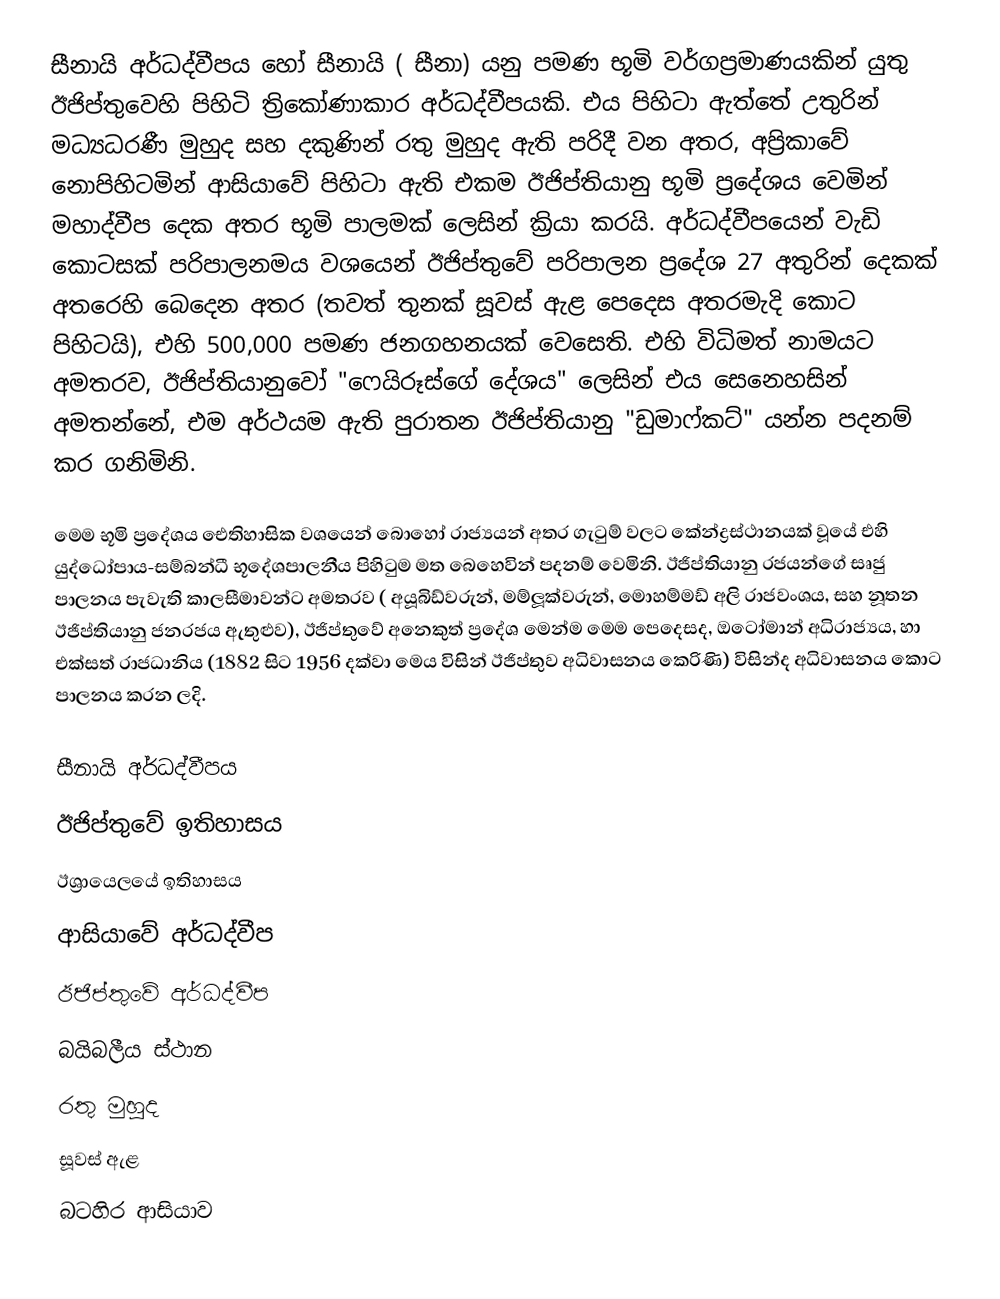
සීනායි අර්ධද්වීපය හෝ සීනායි ( සීනා) යනු  පමණ භූමි වර්ගප්‍රමාණයකින් යුතු ඊජිප්තුවෙහි පිහිටි ත්‍රිකෝණාකාර අර්ධද්වීපයකි.  එය පිහිටා ඇත්තේ උතුරින් මධ්‍යධරණී මුහුද සහ දකුණින් රතු මුහුද ඇති පරිදී වන අතර,  අප්‍රිකාවේ නොපිහිටමින් ආසියාවේ පිහිටා ඇති එකම ඊජිප්තියානු භූමි ප්‍රදේශය වෙමින් මහාද්වීප දෙක අතර  භූමි පාලමක් ලෙසින් ක්‍රියා කරයි. අර්ධද්වීපයෙන් වැඩි කොටසක් පරිපාලනමය වශයෙන් ඊජිප්තුවේ පරිපාලන ප්‍රදේශ  27 අතුරින් දෙකක් අතරෙහි බෙදෙන අතර (තවත් තුනක් සූවස් ඇළ පෙදෙස අතරමැදි කොට පිහිටයි), එහි 500,000 පමණ ජනගහනයක් වෙසෙති. එහි විධිමත් නාමයට අමතරව, ඊජිප්තියානුවෝ  "ෆෙයිරූස්ගේ දේශය" ලෙසින් එය සෙනෙහසින් අමතන්නේ, එම අර්ථයම ඇති පුරාතන ඊජිප්තියානු "ඩුමාෆ්කට්" යන්න පදනම් කර ගනිමිනි.

මෙම භූමි ප්‍රදේශය ඓතිහාසික වශයෙන් බොහෝ රාජ්‍යයන් අතර ගැටුම් වලට කේන්ද්‍රස්ථානයක් වූයේ එහි යුද්ධෝපාය-සම්බන්ධී භූදේශපාලනීය පිහිටුම මත බෙහෙවින් පදනම් වෙමිනි. ඊජිප්තියානු රජයන්ගේ සෘජු පාලනය පැවැති කාලසීමාවන්ට අමතරව ( අයූබිඩ්වරුන්, මම්ලූක්වරුන්, මොහම්මඩ් අලි රාජවංශය, සහ නූතන ඊජිප්තියානු ජනරජය ඇතුළුව), ඊජිප්තුවේ අනෙකුත් ප්‍රදේශ මෙන්ම මෙම පෙදෙසද, ඔටෝමාන් අධිරාජ්‍යය, හා එක්සත් රාජධානිය (1882 සිට 1956 දක්වා මෙය විසින් ඊජිප්තුව අධිවාසනය කෙරිණි) විසින්ද අධිවාසනය කොට පාලනය කරන ලදි.

සීනායි අර්ධද්වීපය
ඊජිප්තුවේ ඉතිහාසය
ඊශ්‍රායෙලයේ ඉතිහාසය
ආසියාවේ අර්ධද්වීප
ඊජිප්තුවේ අර්ධද්වීප
බයිබලීය ස්ථාන
රතු මුහුද
සූවස් ඇළ
බටහිර ආසියාව